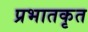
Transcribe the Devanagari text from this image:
प्रभातकृत